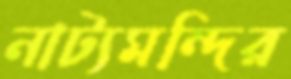
নাট্যমন্দির